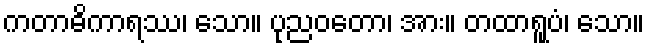
ကတာဓိကာရဿ၊ သော။ ပုညဝတော၊ အား။ တထာရူပံ၊ သော။